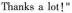
Thanks a lot!"